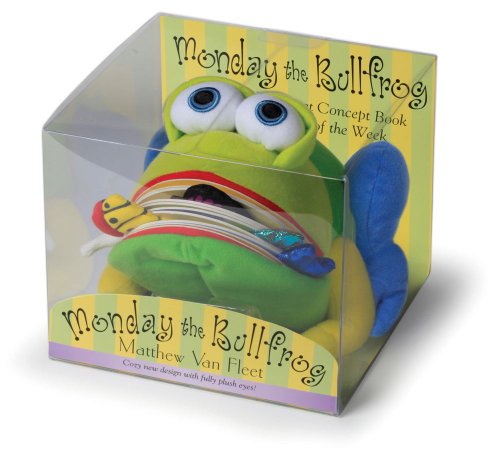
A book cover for Monday the Bullfrog: A Huggable Puppet Concept Book About the Days of the Week; Matthew Van Fleet; Children's Books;